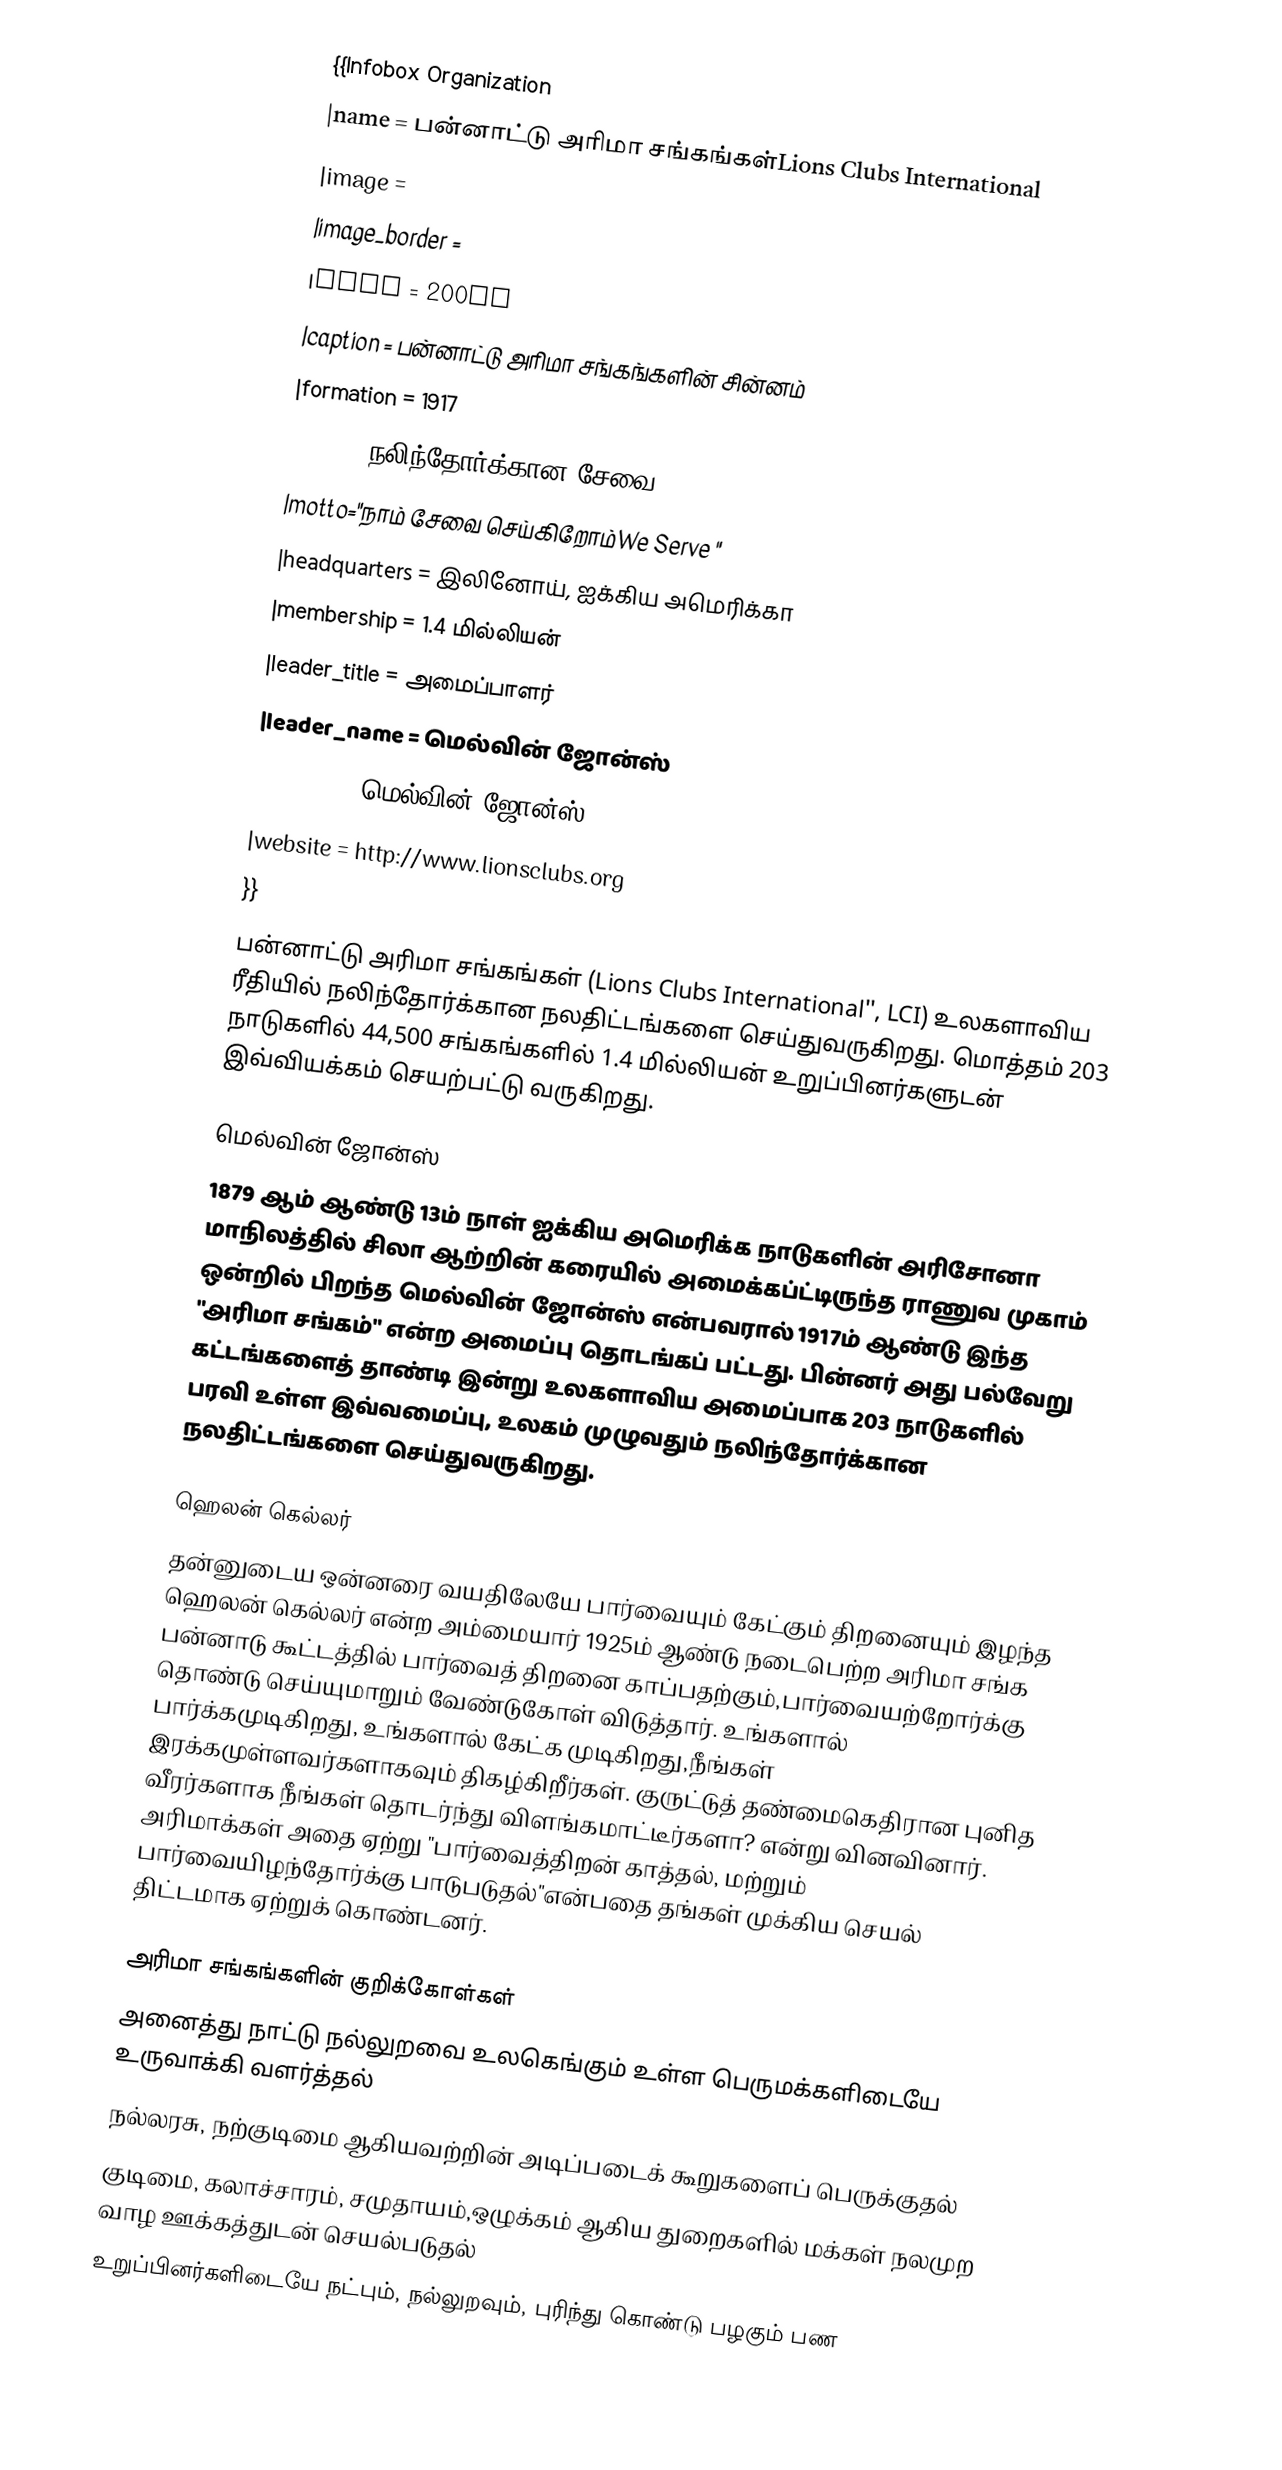
{{Infobox Organization
|name = பன்னாட்டு அரிமா சங்கங்கள்Lions Clubs International
|image  =
|image_border =
|size = 200px
|caption = பன்னாட்டு அரிமா சங்கங்களின் சின்னம்
|formation = 1917
|type = நலிந்தோர்க்கான சேவை
|motto="நாம் சேவை செய்கிறோம்We Serve "
|headquarters = இலினோய், ஐக்கிய அமெரிக்கா
|membership = 1.4 மில்லியன்
|leader_title = அமைப்பாளர்
|leader_name = மெல்வின் ஜோன்ஸ்
|founder = மெல்வின் ஜோன்ஸ்
|website = http://www.lionsclubs.org
}}
பன்னாட்டு அரிமா சங்கங்கள் (Lions Clubs International'', LCI) உலகளாவிய ரீதியில் நலிந்தோர்க்கான நலதிட்டங்களை செய்துவருகிறது. மொத்தம் 203 நாடுகளில் 44,500 சங்கங்களில் 1.4 மில்லியன் உறுப்பினர்களுடன் இவ்வியக்கம் செயற்பட்டு வருகிறது.

மெல்வின் ஜோன்ஸ்
1879 ஆம் ஆண்டு 13ம் நாள் ஐக்கிய அமெரிக்க நாடுகளின் அரிசோனா மாநிலத்தில் சிலா ஆற்றின் கரையில் அமைக்கப்ட்டிருந்த ராணுவ முகாம் ஒன்றில் பிறந்த மெல்வின் ஜோன்ஸ் என்பவரால் 1917ம் ஆண்டு இந்த "அரிமா சங்கம்" என்ற அமைப்பு தொடங்கப் பட்டது. பின்னர் அது பல்வேறு கட்டங்களைத் தாண்டி இன்று உலகளாவிய அமைப்பாக 203 நாடுகளில் பரவி உள்ள இவ்வமைப்பு, உலகம் முழுவதும் நலிந்தோர்க்கான நலதிட்டங்களை செய்துவருகிறது.

ஹெலன் கெல்லர்
தன்னுடைய ஒன்னரை வயதிலேயே பார்வையும் கேட்கும் திறனையும் இழந்த ஹெலன் கெல்லர் என்ற அம்மையார் 1925ம் ஆண்டு நடைபெற்ற அரிமா சங்க பன்னாடு கூட்டத்தில் பார்வைத் திறனை காப்பதற்கும்,பார்வையற்றோர்க்கு தொண்டு செய்யுமாறும் வேண்டுகோள் விடுத்தார்.  உங்களால் பார்க்கமுடிகிறது, உங்களால் கேட்க முடிகிறது,நீங்கள் இரக்கமுள்ளவர்களாகவும் திகழ்கிறீர்கள். குருட்டுத் தண்மைகெதிரான புனித வீரர்களாக நீங்கள் தொடர்ந்து விளங்கமாட்டீர்களா? என்று வினவினார்.  அரிமாக்கள் அதை ஏற்று  "பார்வைத்திறன் காத்தல், மற்றும் பார்வையிழந்தோர்க்கு பாடுபடுதல்"என்பதை தங்கள் முக்கிய செயல் திட்டமாக ஏற்றுக் கொண்டனர்.

அரிமா சங்கங்களின் குறிக்கோள்கள்
 அனைத்து நாட்டு நல்லுறவை உலகெங்கும் உள்ள பெருமக்களிடையே உருவாக்கி வளர்த்தல்
 நல்லரசு, நற்குடிமை ஆகியவற்றின் அடிப்படைக் கூறுகளைப் பெருக்குதல்
 குடிமை, கலாச்சாரம், சமுதாயம்,ஒழுக்கம் ஆகிய துறைகளில் மக்கள் நலமுற வாழ ஊக்கத்துடன் செயல்படுதல்
 உறுப்பினர்களிடையே நட்பும், நல்லுறவும், புரிந்து கொண்டு பழகும் பண